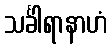
သင်္ခါရာနာဟံ